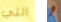
التي و